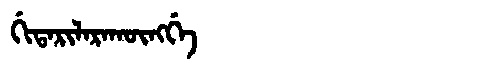
Manchu: ᡤᡳᡨᠠᡵᡳᠯᠠᡵᠠᡴᡡᠩᡤᡝ
Romanization: GITARILARAKŪNGGE